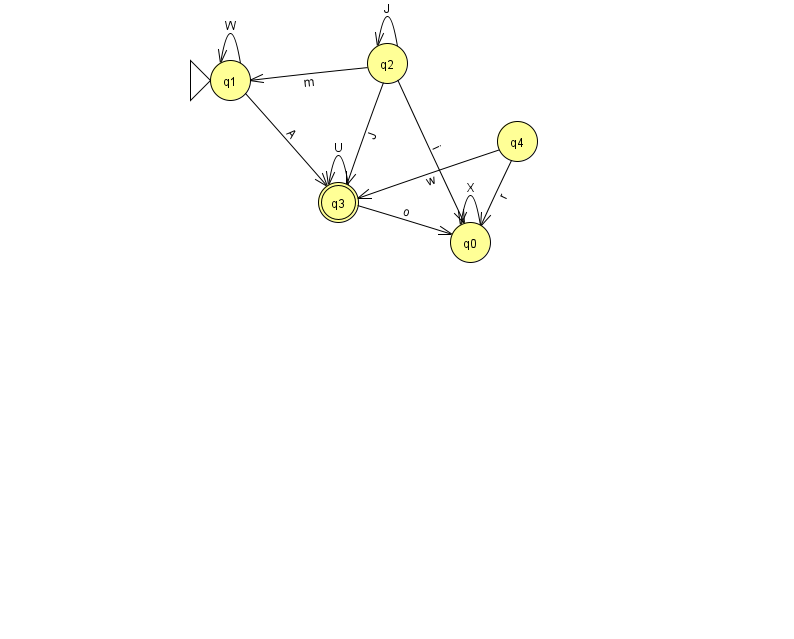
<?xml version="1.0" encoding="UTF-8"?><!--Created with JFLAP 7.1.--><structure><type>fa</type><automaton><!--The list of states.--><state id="0" name="q0"><x>470.0</x><y>229.0</y></state><state id="1" name="q1"><x>230.0</x><y>67.0</y><initial/></state><state id="2" name="q2"><x>387.0</x><y>50.0</y></state><state id="3" name="q3"><x>338.0</x><y>189.0</y><final/></state><state id="4" name="q4"><x>517.0</x><y>128.0</y></state><!--The list of transitions.--><transition><from>2</from><to>3</to><read>J</read></transition><transition><from>3</from><to>0</to><read>o</read></transition><transition><from>3</from><to>3</to><read>U</read></transition><transition><from>4</from><to>0</to><read>r</read></transition><transition><from>1</from><to>1</to><read>W</read></transition><transition><from>0</from><to>0</to><read>X</read></transition><transition><from>1</from><to>3</to><read>A</read></transition><transition><from>2</from><to>0</to><read>i</read></transition><transition><from>2</from><to>2</to><read>J</read></transition><transition><from>4</from><to>3</to><read>w</read></transition><transition><from>2</from><to>1</to><read>m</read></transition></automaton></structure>